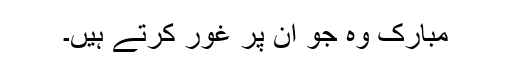
مبارک وہ جو ان پر غور کرتے ہیں۔